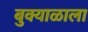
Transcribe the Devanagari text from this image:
बुक्याळाला